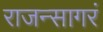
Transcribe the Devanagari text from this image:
राजन्सागरं